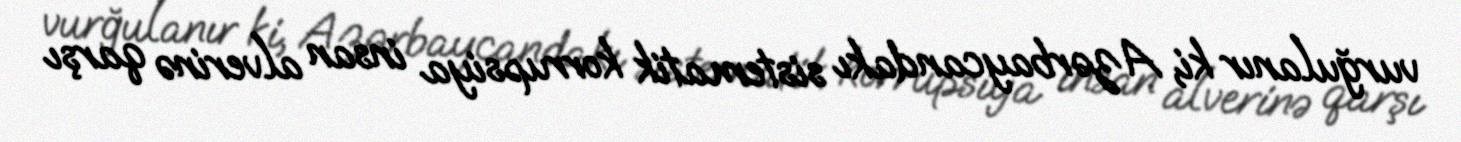
vurğulanır ki, Azərbaycandakı sistematik korrupsiya insan alverinə qarşı